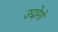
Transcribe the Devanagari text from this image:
उद्मोगों